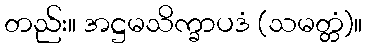
တည်း။ အဋ္ဌမသိက္ခာပဒံ (သမတ္တံ)။